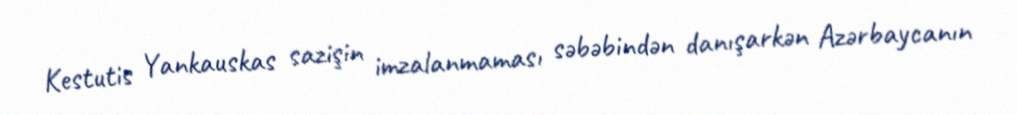
Kestutis Yankauskas sazişin imzalanmaması səbəbindən danışarkən Azərbaycanın